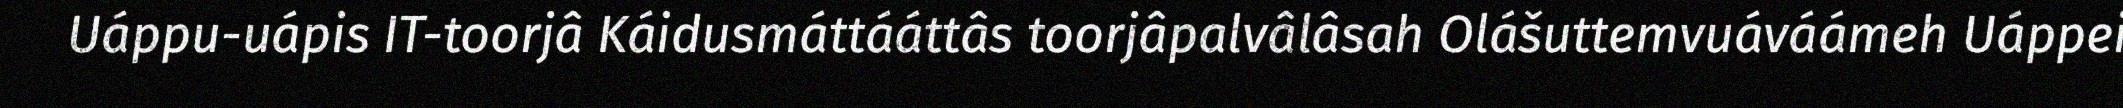
Uáppu-uápis IT-toorjâ Káidusmáttááttâs toorjâpalvâlâsah Olášuttemvuáváámeh Uáppei